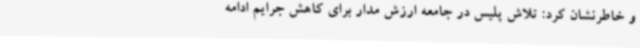
و خاطرنشان کرد: تلاش پلیس در جامعه ارزش مدار برای کاهش جرایم ادامه